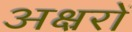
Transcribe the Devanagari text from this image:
अक्ष्ररों